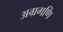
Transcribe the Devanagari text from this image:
अग्रगणि